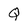
Character: Q